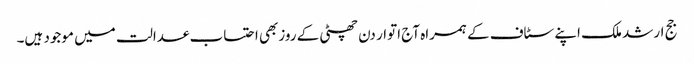
جج ارشد ملک اپنے سٹاف کے ہمراہ آج اتوار دن چھٹی کے روزبھی احتساب عدالت میں موجود ہیں۔